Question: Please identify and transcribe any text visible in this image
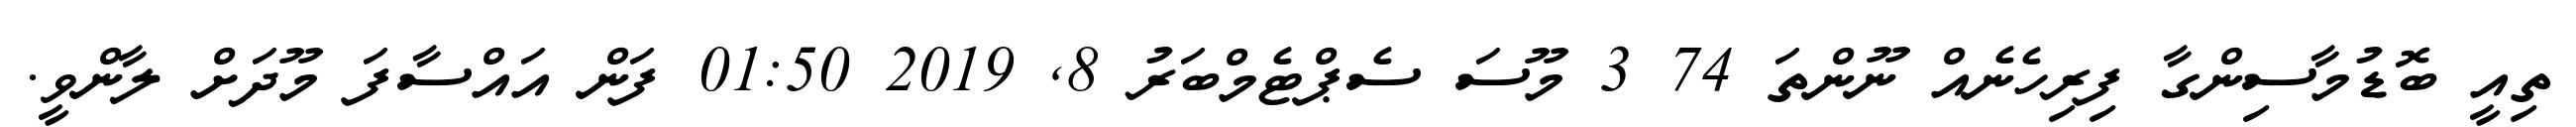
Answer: ތިއީ ބޮޑުމާސިންގާ ފިރިހެނެއް ނޫންތަ 74 3 މޫސަ ސެޕްޓެމްބަރު 8, 2019 01:50 ފަން އައްސާފަ މޫދަށް ލާންވީ.